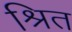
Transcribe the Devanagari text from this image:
श्रित